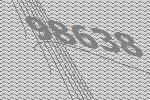
98638